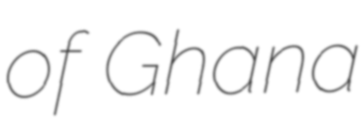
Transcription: of Ghana